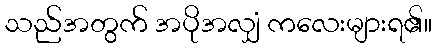
သည်အတွက် အပိုအလျှံ ကလေးများရ၏။